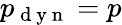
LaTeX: p_{\mathrm{~d~y~n~}}=p